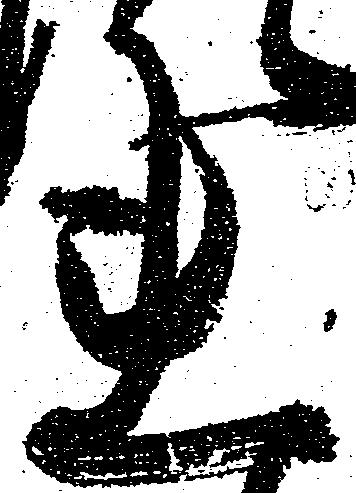
れ